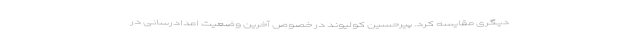
دیگری مقایسه کرد. پیرحسین کولیوند در خصوص آخرین وضعیت امدادرسانی در